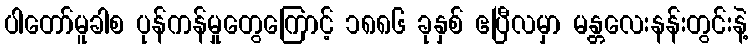
ပါတော်မူခါစ ပုန်ကန်မှုတွေကြောင့် ၁၈၈၆ ခုနှစ် ဧပြီလမှာ မန္တလေးနန်းတွင်းနဲ့